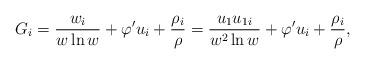
LaTeX: \begin{align*}G_i = \frac{w_i}{w \ln w} + \varphi' u_i + \frac{\rho_i}{\rho} = \frac{u_1 u_{1i}}{w^2 \ln w} + \varphi' u_i + \frac{\rho_i}{\rho} ,\end{align*}